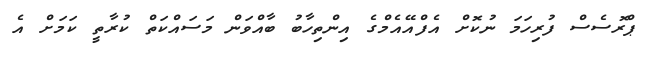
ޕްރޮސެސް ފުރިހަމަ ނުކޮށް އެފްއޭއެމްގެ އިންތިހާބު ބާއްވަން މަސައްކަތް ކުރާތީ ކަމަށް އެ